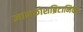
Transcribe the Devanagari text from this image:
ज्ञानकोशब्रिटानिका